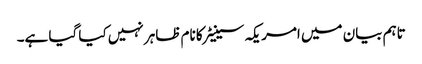
تاہم بیان میں امریکہ سینیٹر کا نام ظاہر نہیں کیا گیا ہے۔